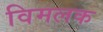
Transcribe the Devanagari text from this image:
विमलक